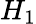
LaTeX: H_{1}